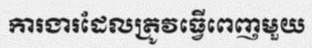
ការងារដែលត្រូវធ្វើពេញមួយ